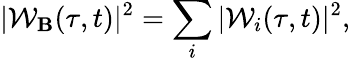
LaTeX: |\mathcal{W_{\mathbf B}}(\tau,t)|^{2}=\sum_{i}|\mathcal{W}_{i}(\tau,t)|^{2},